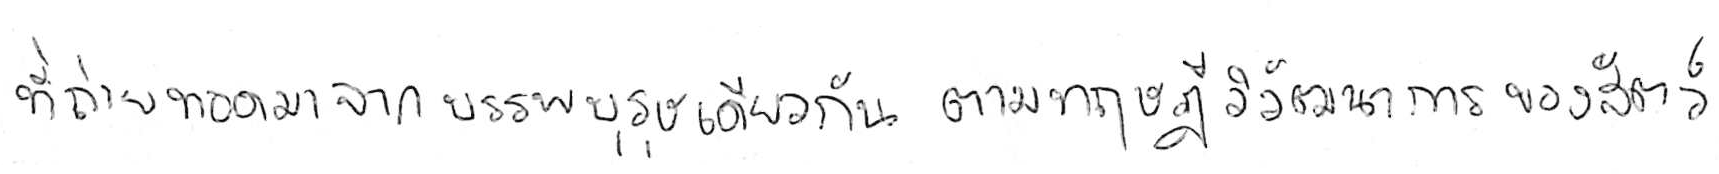
ที่ถ่ายทอดมาจากบรรพบุรุษเดียวกัน ตามทฤษฎีวิวัฒนาการของสัตว์